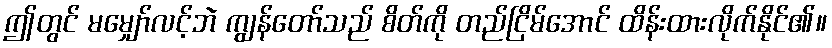
ဤတွင် မမျှော်လင့်ဘဲ ကျွန်တော်သည် စိတ်ကို တည်ငြိမ်အောင် ထိန်းထားလိုက်နိုင်၏။